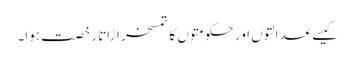
کیسے عدالتوں اور حکومتوں کا تمسخر اڑاتا رخصت ہوا۔